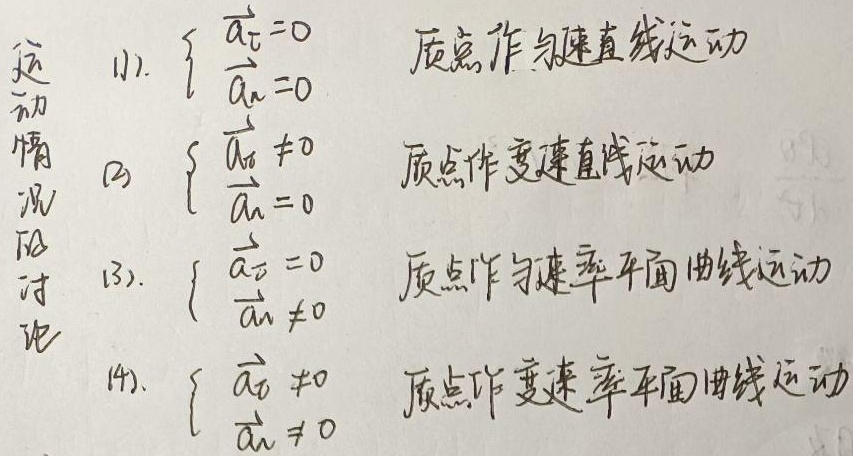
运动情况讨论：
(1). \(\begin{cases}\overrightarrow{a_{\tau}} = 0 \\\overrightarrow{a_{n}} = 0\end{cases}\)，质点作匀速直线运动。
(2). \(\begin{cases}\overrightarrow{a_{\tau}} \neq 0 \\\overrightarrow{a_{n}} = 0\end{cases}\)，质点作变速直线运动。
(3). \(\begin{cases}\overrightarrow{a_{\tau}} = 0 \\\overrightarrow{a_{n}} \neq 0\end{cases}\)，质点作匀速率平面曲线运动。
(4). \(\begin{cases}\overrightarrow{a_{\tau}} \neq 0 \\\overrightarrow{a_{n}} \neq 0\end{cases}\)，质点作变速率平面曲线运动。